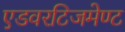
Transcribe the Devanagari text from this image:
एडवरटिजमेण्ट